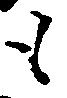
も